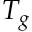
T _ { g }